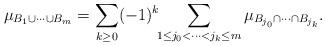
LaTeX: \begin{align*}\mu_{B_1 \cup \cdots \cup B_m}=\sum_{k \geq 0} (-1)^k \!\!\sum_{1 \leq j_0 < \cdots < j_k \leq m} \mu_{B_{j_0} \cap \cdots \cap B_{j_k}}.\end{align*}